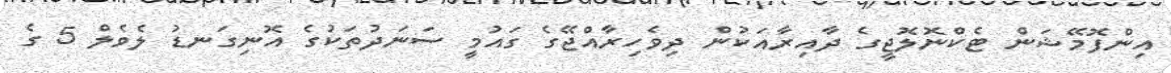
އިންފޮމޭޝަން ޓެކްނޮލޮޖީގެ ދާއިރާއަކުން ދިވެހިރާއްޖޭގެ ގައުމީ ސަނަދުތަކުގެ އޮނިގަނޑު ލެވެލް 5 ގެ